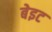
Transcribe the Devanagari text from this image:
बेइट